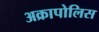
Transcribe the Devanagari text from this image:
अक्रापोलिस